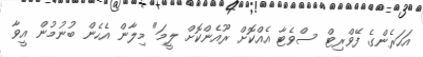
އަހަރެންގެ ފޭވްރިޓް ސްވެޓާ އެއްކޮށް ރޫއެންކޮށް ލީމަ" މިލާން އެހެން ބުނުމުން އީވާ